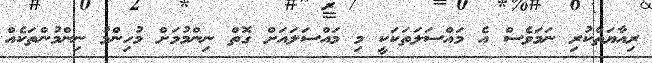
ރިއާޔަތްކުރި ނަމަވެސް އެ މައްސަލަތަކަކީ މި މައްސަލައަށް ގޮތް ނިންމުމަށް މުހިންމު ނިންމުންތަކެއް